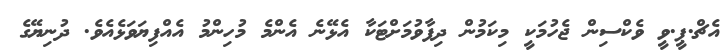
އެޗް.ޕީ.ވީ ވެކްސިން ޖެހުމަކީ މިކަމުން ދިފާވުމަށްޓަކާ އެޅޭނެ އެންމެ މުހިންމު އެއްފިޔަވަޅެއެވެ. ދުނިޔޭގެ